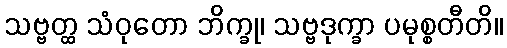
သဗ္ဗတ္ထ သံဝုတော ဘိက္ခု၊ သဗ္ဗဒုက္ခာ ပမုစ္စတီတိ။